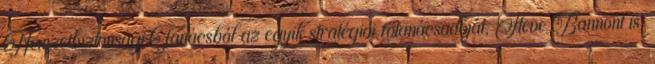
Nemzetbiztonsági Tanácsból az egyik stratégiai főtanácsadóját, Steve Bannont is.